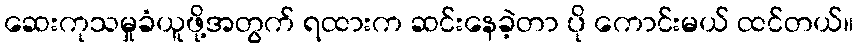
ဆေးကုသမှုခံယူဖို့အတွက် ရထားက ဆင်းနေခဲ့တာ ပို ကောင်းမယ် ထင်တယ်။